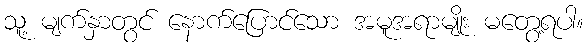
သူ့ မျက်နှာတွင် နောက်ပြောင်သော အမူအရာမျိုး မတွေ့ရပါ။